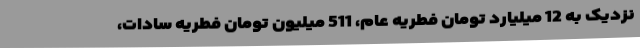
نزدیک به 12 میلیارد تومان فطریه عام، 511 میلیون تومان فطریه سادات،